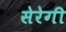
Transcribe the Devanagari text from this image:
सेरेगी